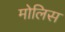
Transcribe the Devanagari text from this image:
मोलिस